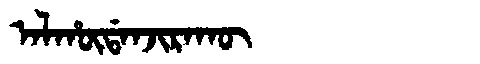
Manchu: ᠠᠯᡥᡡᡩᠠᠨᠵᡳᡵᠠᡴᡡ
Romanization: ALHŪDANJIRAKŪ